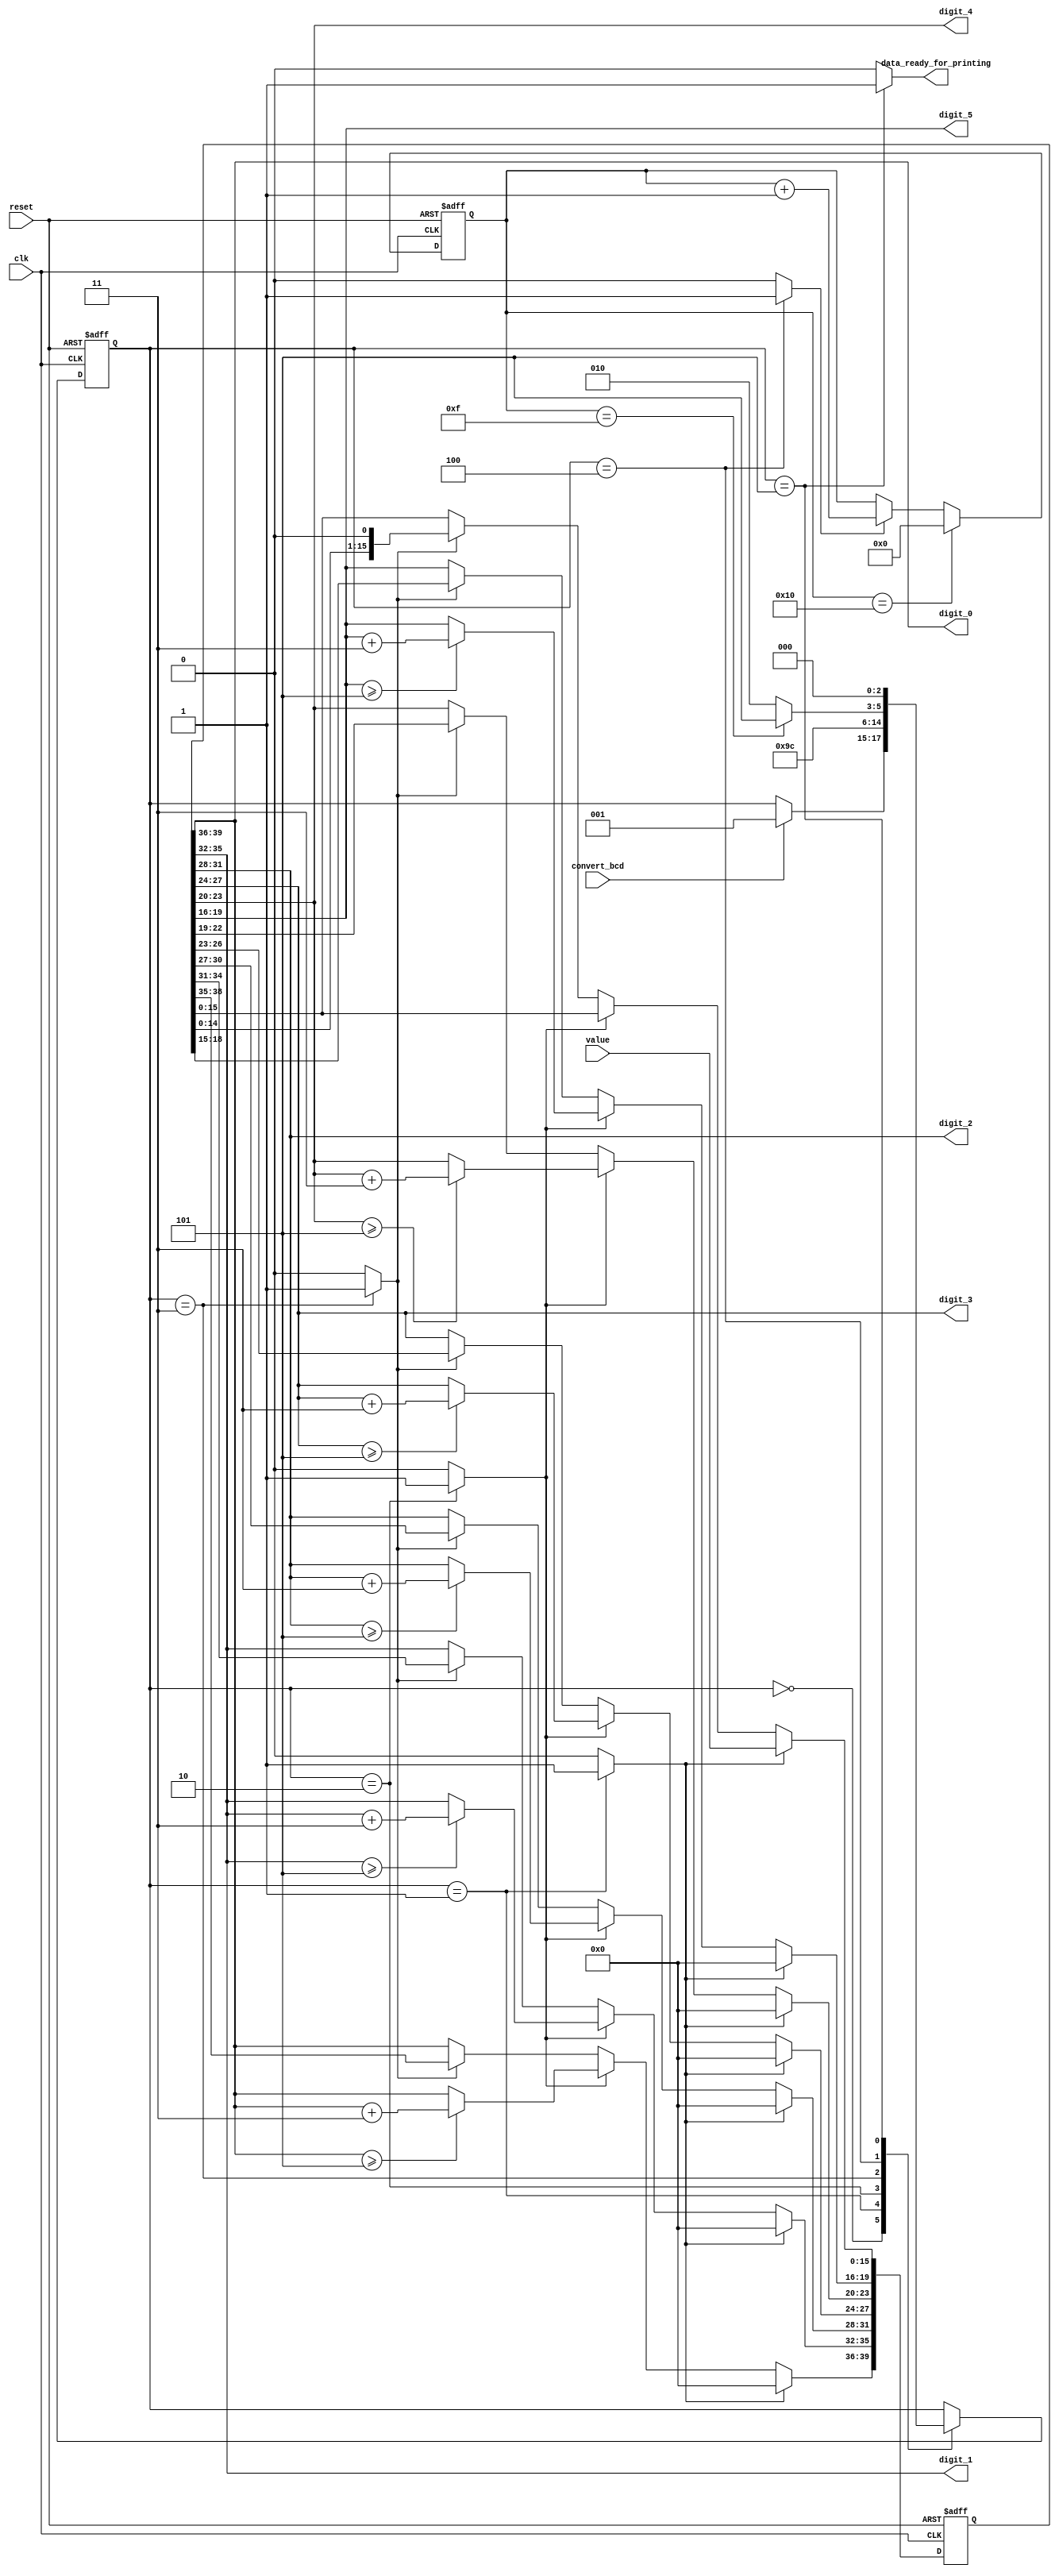
module bin2bcd(clk, reset, value, convert_bcd, data_ready_for_printing, digit_0, digit_1, digit_2, digit_3, digit_4, digit_5);
input clk, reset, convert_bcd;
input  [15:0] value;
output [3:0] digit_0, digit_1, digit_2, digit_3, digit_4, digit_5;
output reg data_ready_for_printing;

reg [2:0] current_state, next_state;
reg [4:0] counter;
reg counter_enable;
reg [39:0] bcd_value;
reg bcd_enable, initialize_value, shift_enable, start;


always @(posedge clk or posedge reset)
begin
    if(reset)
        counter <= 5'b0;
    else
    begin
        if(counter == 5'd16)
            counter <= 5'd0;
        else if(counter_enable)
            counter <= counter + 5'b1;
    end
end

always @(posedge clk or posedge reset)
begin
    if(reset)
        bcd_value <= 40'b0;
    else
    begin
        if(initialize_value)
            bcd_value <= {24'b0, value};
        else if(bcd_enable)
        begin
            if(bcd_value[39:36] >= 4'd5)
                bcd_value[39:36] <= bcd_value[39:36] + 4'd3;
            if(bcd_value[35:32] >= 4'd5)
                bcd_value[35:32] <= bcd_value[35:32] + 4'd3; 
            if(bcd_value[31:28] >= 4'd5)
                bcd_value[31:28] <= bcd_value[31:28] + 4'd3; 
            if(bcd_value[27:24] >= 4'd5)
                bcd_value[27:24] <= bcd_value[27:24] + 4'd3; 
            if(bcd_value[23:20] >= 4'd5)
                bcd_value[23:20] <= bcd_value[23:20] + 4'd3; 
            if(bcd_value[19:16] >= 4'd5)
                bcd_value[19:16] <= bcd_value[19:16] + 4'd3; 
        end
        else if (shift_enable)
            bcd_value <= bcd_value << 1;
    end
end


assign digit_0 = bcd_value[39:36];
assign digit_1 = bcd_value[35:32];
assign digit_2 = bcd_value[31:28];
assign digit_3 = bcd_value[27:24];
assign digit_4 = bcd_value[23:20];
assign digit_5 = bcd_value[19:16];

parameter   off = 3'b000,
            idle = 3'b001,
            bcd_conversion = 3'b010,
            shift = 3'b011,
            counter_add = 3'b100,
            data_ready_print = 3'b101;


always @(posedge clk or posedge reset)
begin
    if(reset)
        current_state <= off;
    else
        current_state <= next_state;
end

always @(current_state or counter or convert_bcd)
begin

    counter_enable = 0;
    bcd_enable = 0;
    next_state = current_state;
    initialize_value = 0;
    shift_enable = 0;
    data_ready_for_printing = 0;

    case(current_state)
        off:
        begin
            if(convert_bcd)
                next_state = idle;
            else    
                next_state = current_state;
        end
        idle:
        begin
            initialize_value = 1;
            next_state = bcd_conversion;
        end

        bcd_conversion:
        begin
            bcd_enable = 1;
            next_state = shift;
        end

        shift:
        begin
            shift_enable = 1;
            next_state = counter_add;
        end

        counter_add:
        begin
            counter_enable = 1;
            if(counter == 5'd15)
                next_state = data_ready_print;
            else
                next_state = bcd_conversion;
        end

        data_ready_print:
        begin
            data_ready_for_printing = 1;
            next_state = off;
        end 
    endcase
end





endmodule